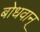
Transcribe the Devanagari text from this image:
बोधवान्